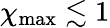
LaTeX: \chi_{\mathrm{max}}\lesssim 1